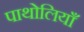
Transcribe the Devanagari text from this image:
पाथोलियाँ